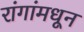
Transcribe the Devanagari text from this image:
रांगांमधून